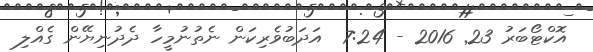
އޮކްޓޯބަރު 23